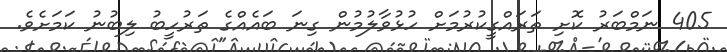
405 ނަމްބަރު ކޮށި ތަރައްގީކުރުމަށް ހުޅުވާލުމުން ގިނަ ބައެއްގެ ތަރުހީބު ލިބުނު ކަމަށެވެ.